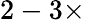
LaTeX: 2-3\times